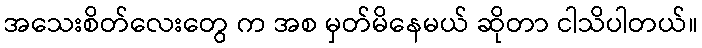
အသေးစိတ်လေးတွေ က အစ မှတ်မိနေမယ် ဆိုတာ ငါသိပါတယ်။